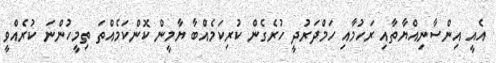
އެއީ އިންސާނިއްޔާތާއި ރަހުމާއި ހަމްދަރުދީ ހުރެގެން ކުރިކަމެއްބާ ޔާމީން ކޮންކަމެއްތަ ތިމީހުންނަ ކުރެއްވީ